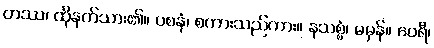
တဿ၊ ထိုနတ်သား၏။ ဝစနံ၊ စကားသည်ကား။ နသစ္စံ၊ မမှန်။ ဝေရီ၊